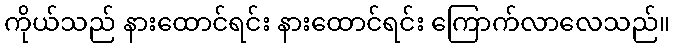
ကိုယ်သည် နားထောင်ရင်း နားထောင်ရင်း ကြောက်လာလေသည်။